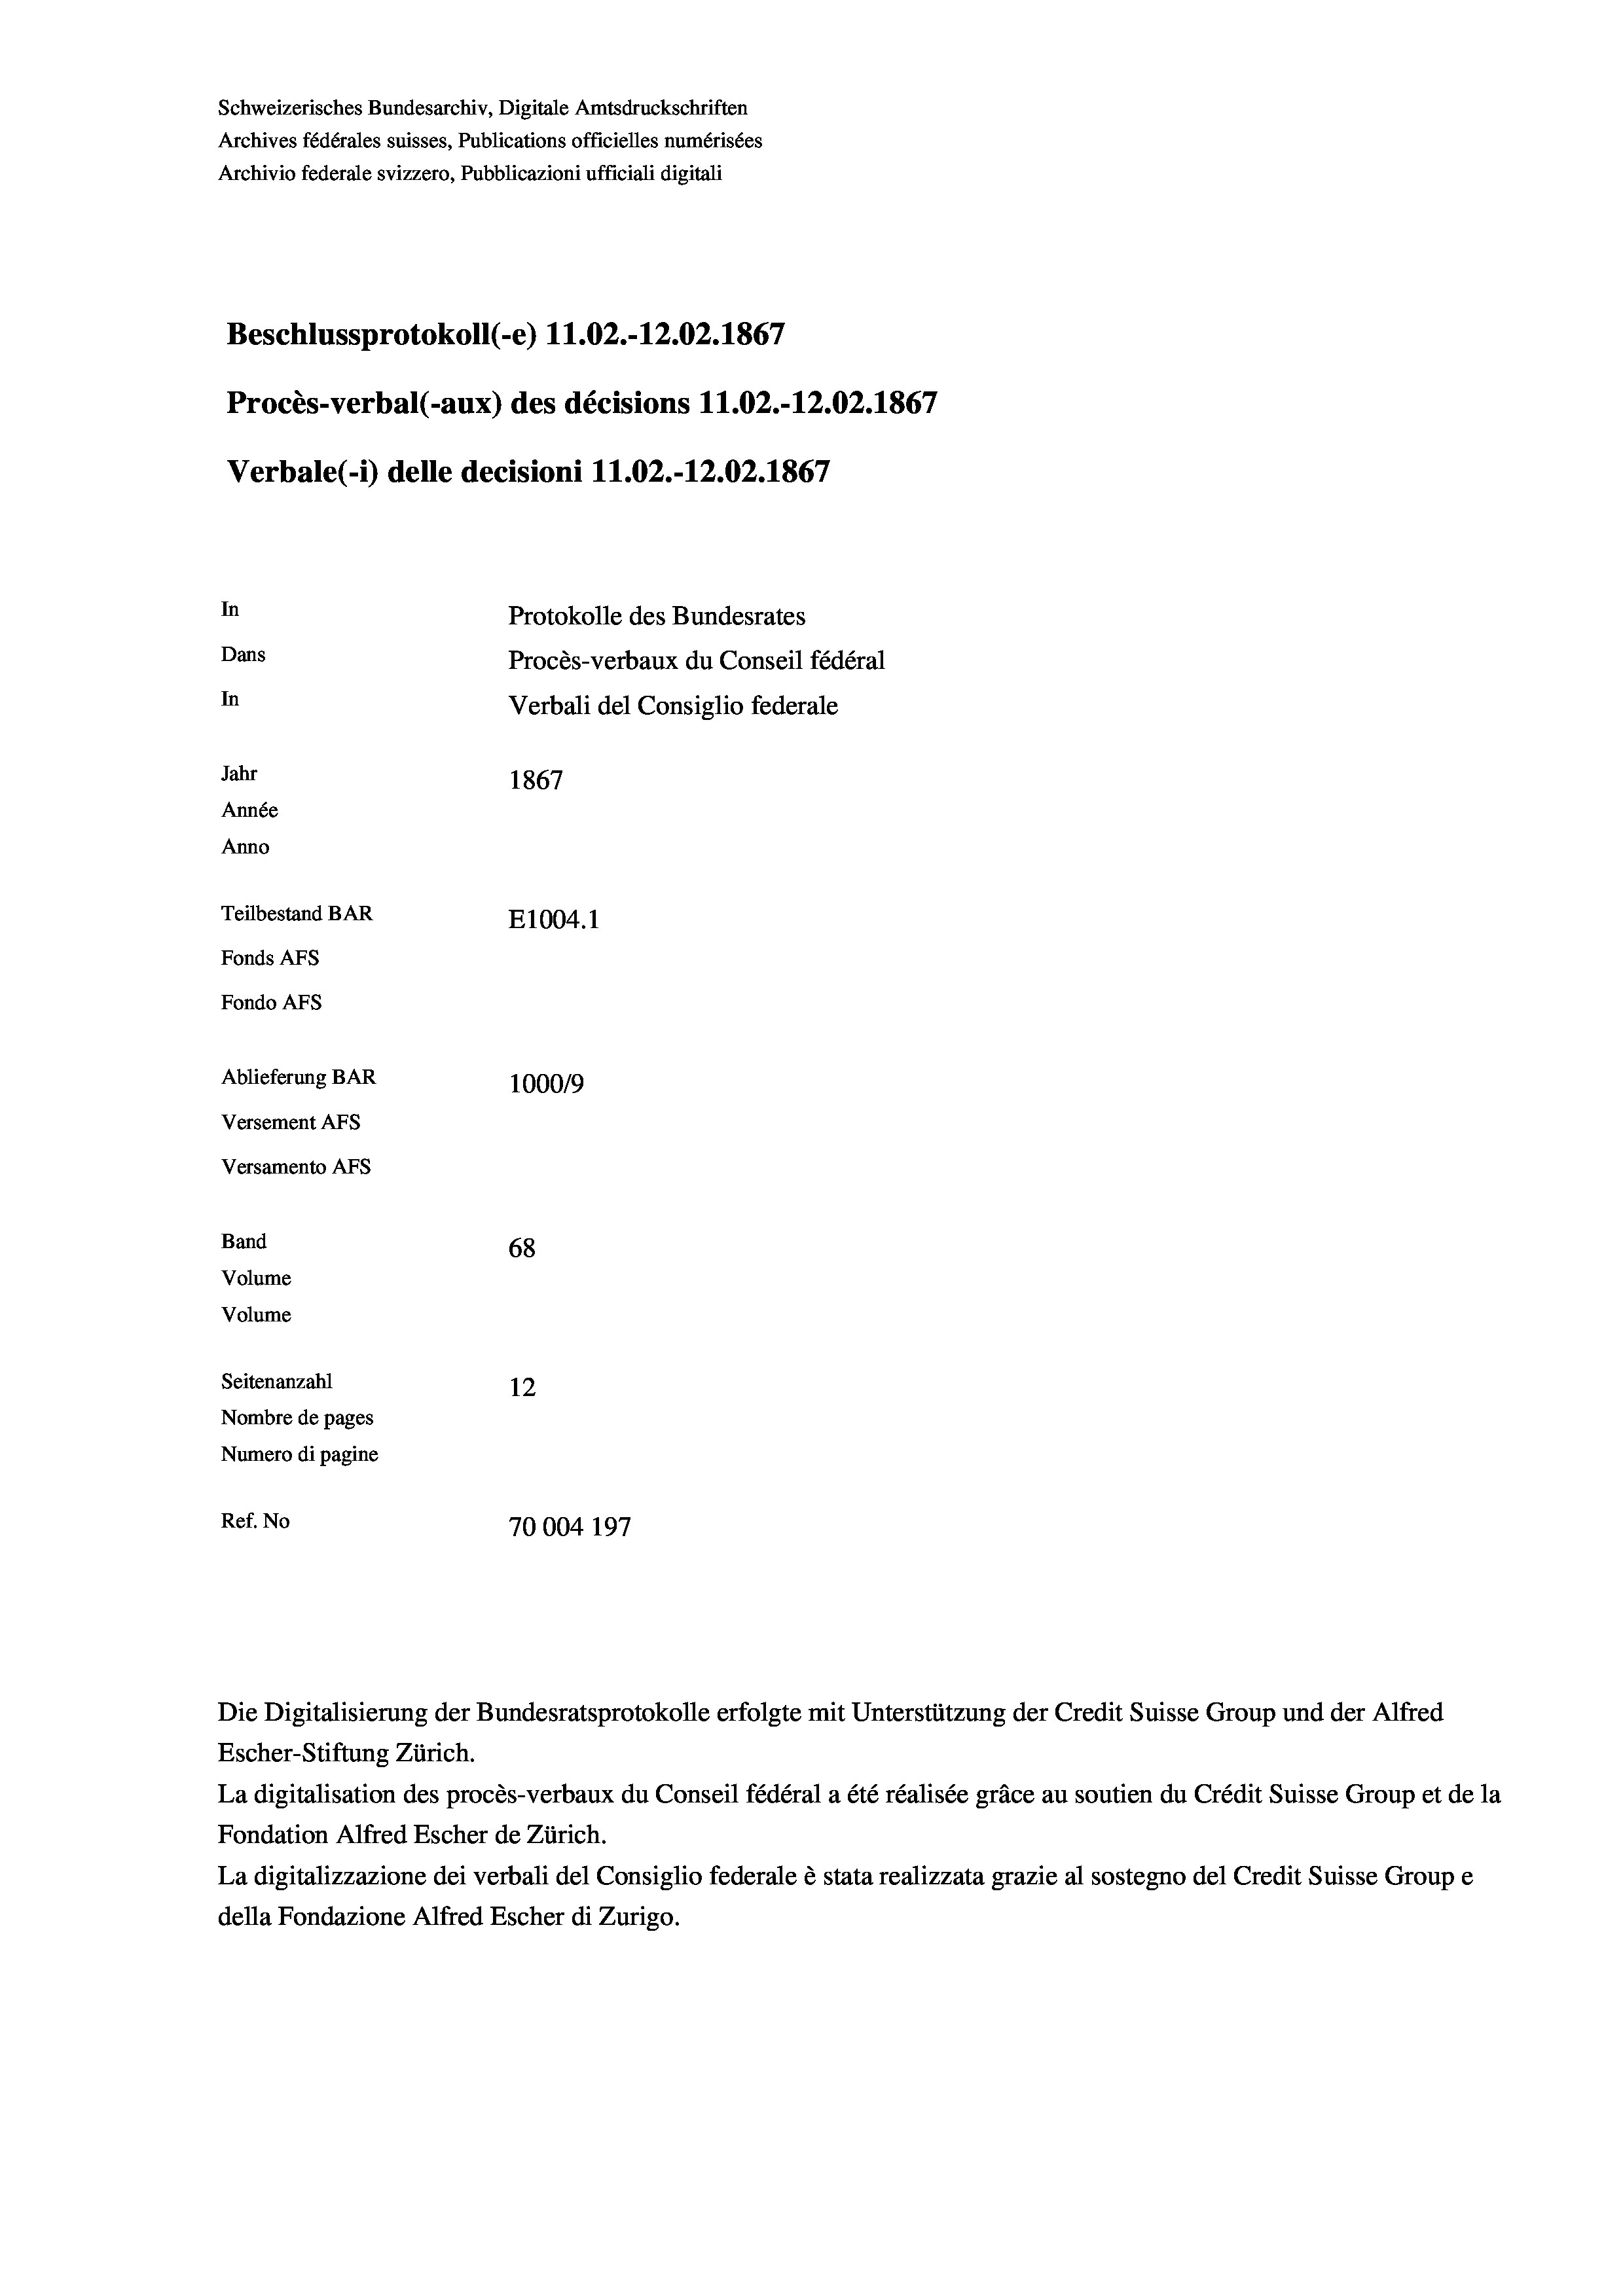
Schweizerisches Bundesarchiv, Digitale Amtsdruckschriften
Archives fédérales suisses, Publications officielles numérisées
Archivio federale svizzero, Pubblicazioni ufficiali digitali
Beschlussprotokoll (-e) 11.02.-12.02. 1867
Procès-verbal (-aux) des décisions 11.02.-12.02. 1867
Verbale (- 1) delle decisioni 11.02.-12.02. 1867
In
Protokolle des Bundesrates
Dans
Procès-verbaux du Conseil fédéral
In
Verbali del Consiglio federale
Jahr
1867
Année
Anno
Teilbestand BAR
E1004.1
Fonds AFs
Fondo AFS

Ablieferung BAR
Versement AFs
Versamento AFs
Band
68
Volume
Volume
Seitenanzahl
12

100019
Nombre de pages
Numero di pagine
Ref. No
70004 197

Die Digitalisierung der Bundesratsprotokolle erfolgte mit Unterstützung der Credit Suisse Group und der Alfred
Escher-Stiftung Zürich.
La digitalisation des procès-verbaux du Conseil fédéral a été réalisée gräce au soutien du Crédit Suisse Group et de la
Fondation Alfred Escher de Zürich.
La digitalizzazione dei verbali del Consiglio federale è stata realizzata grazie al sostegno del Credit Suisse Groupe
della Fondazione Alfred Escher di Zurigo.